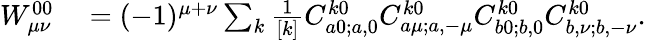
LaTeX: \begin{array}{rl}{W_{{\mu}{\nu}}^{00}}&{{}=(-1)^{\mu+\nu}\sum_{k}\frac{1}{[k]}C_{a0;a,0}^{k0}C_{a\mu;a,-\mu}^{k0}C_{b0;b,0}^{k0}C_{b,\nu;b,-\nu}^{k0}.}\end{array}